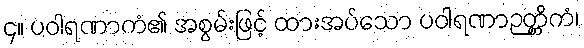
၄။ ပဝါရဏာကံ၏ အစွမ်းဖြင့် ထားအပ်သော ပဝါရဏာဉတ္တိကံ၊